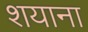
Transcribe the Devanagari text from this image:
शयाना